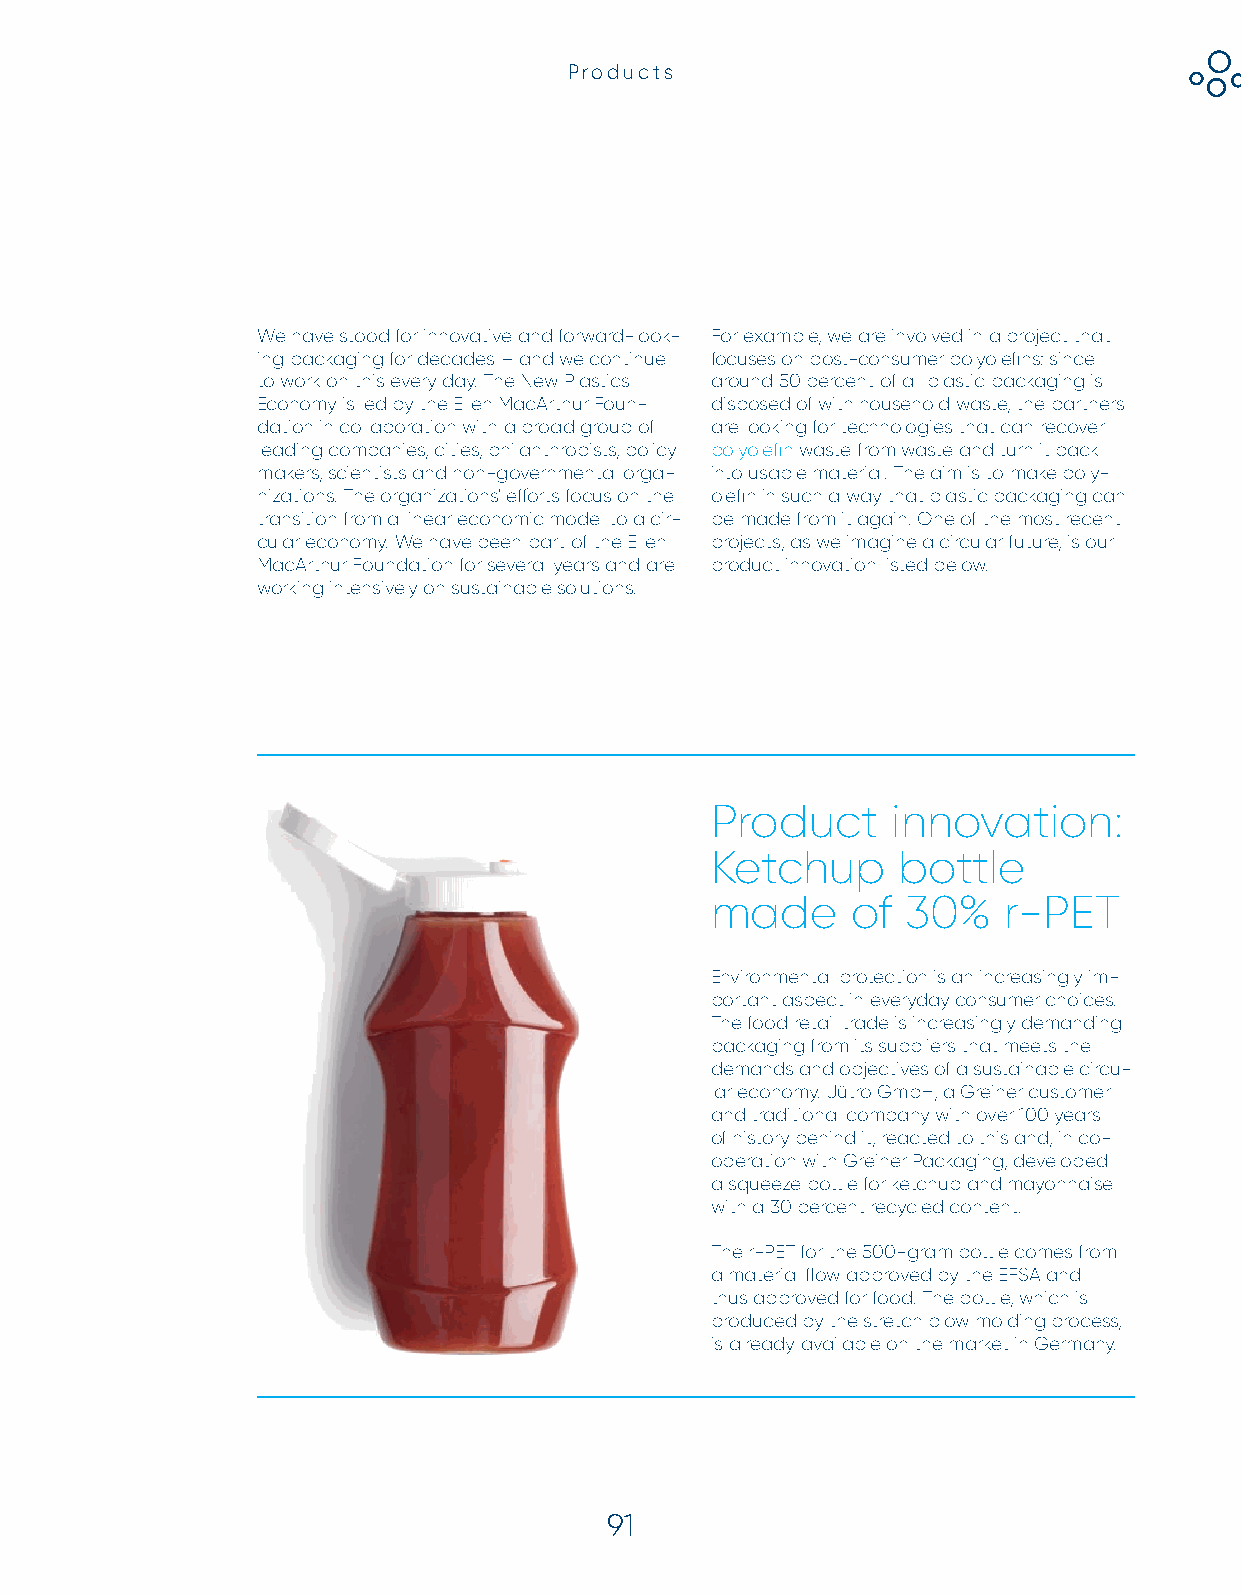
Products
 We have stood for innovative and forward-look- For example, we are involved in a project that
 ing packaging for decades – and we continue focuses on post-consumer polyolefi ns: since
 to work on this every day. The New Plastics around 50 percent of all plastic packaging is
 Economy is led by the Ellen MacArthur Foun- disposed of with household waste, the partners
 dation in collaboration with a broad group of are looking for technologies that can recover
 leading companies, cities, philanthropists, policy polyolefi n waste from waste and turn it back
 makers, scientists and non-governmental orga- into usable material. The aim is to make poly-
 nizations. The organizations' eff orts focus on the olefi n in such a way that plastic packaging can
 transition from a linear economic model to a cir- be made from it again. One of the most recent
 cular economy. We have been part of the Ellen projects, as we imagine a circular future, is our
 MacArthur Foundation for several years and are product innovation listed below.
 working intensively on sustainable solutions.
 GRI 103-1, GRI 103-2, GRI 403-7
 Product     innovation:
 Ketchup     bottle
 made     of  30%   r-PET
 Environmental protection is an increasingly im-
 portant aspect in everyday consumer choices.
 The food retail trade is increasingly demanding
 packaging from its suppliers that meets the
 demands and objectives of a sustainable circu-
 lar economy. Jütro GmbH, a Greiner customer
 and traditional company with over 100 years
 of history behind it, reacted to this and, in co-
 operation with Greiner Packaging, developed
 a squeeze bottle for ketchup and mayonnaise
 with a 30 percent recycled content.
 The r-PET for the 500-gram bottle comes from
 a material fl ow approved by the EFSA and
 thus approved for food. The bottle, which is
 produced by the stretch blow molding process,
 is already available on the market in Germany.
 9911